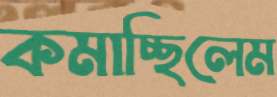
কমাচ্ছিলেম